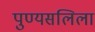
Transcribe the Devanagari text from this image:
पुण्यसलिला